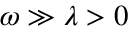
\omega \gg \lambda > 0